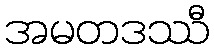
အမတဒဿီ